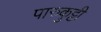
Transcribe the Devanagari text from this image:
पारुकुट्टी